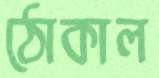
ঠোকাল